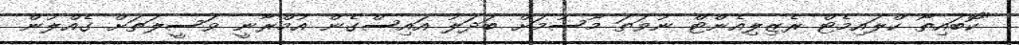
"ކޮބައިތޯ ކްލައިމެޓް ރެޒިލިއެންޓް ނުވަތަ މޫސުމަށް ބަދަލު އައިސްގެން އުމްރާނީ ވަސީލަތަށް ގެއްލުން